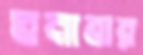
ঘনাবার